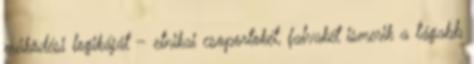
működési logikáját – etnikai csoportokét, falvakét ismerik a tágabb